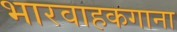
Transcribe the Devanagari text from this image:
भारवाहकगाना